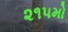
૨૧૫મો